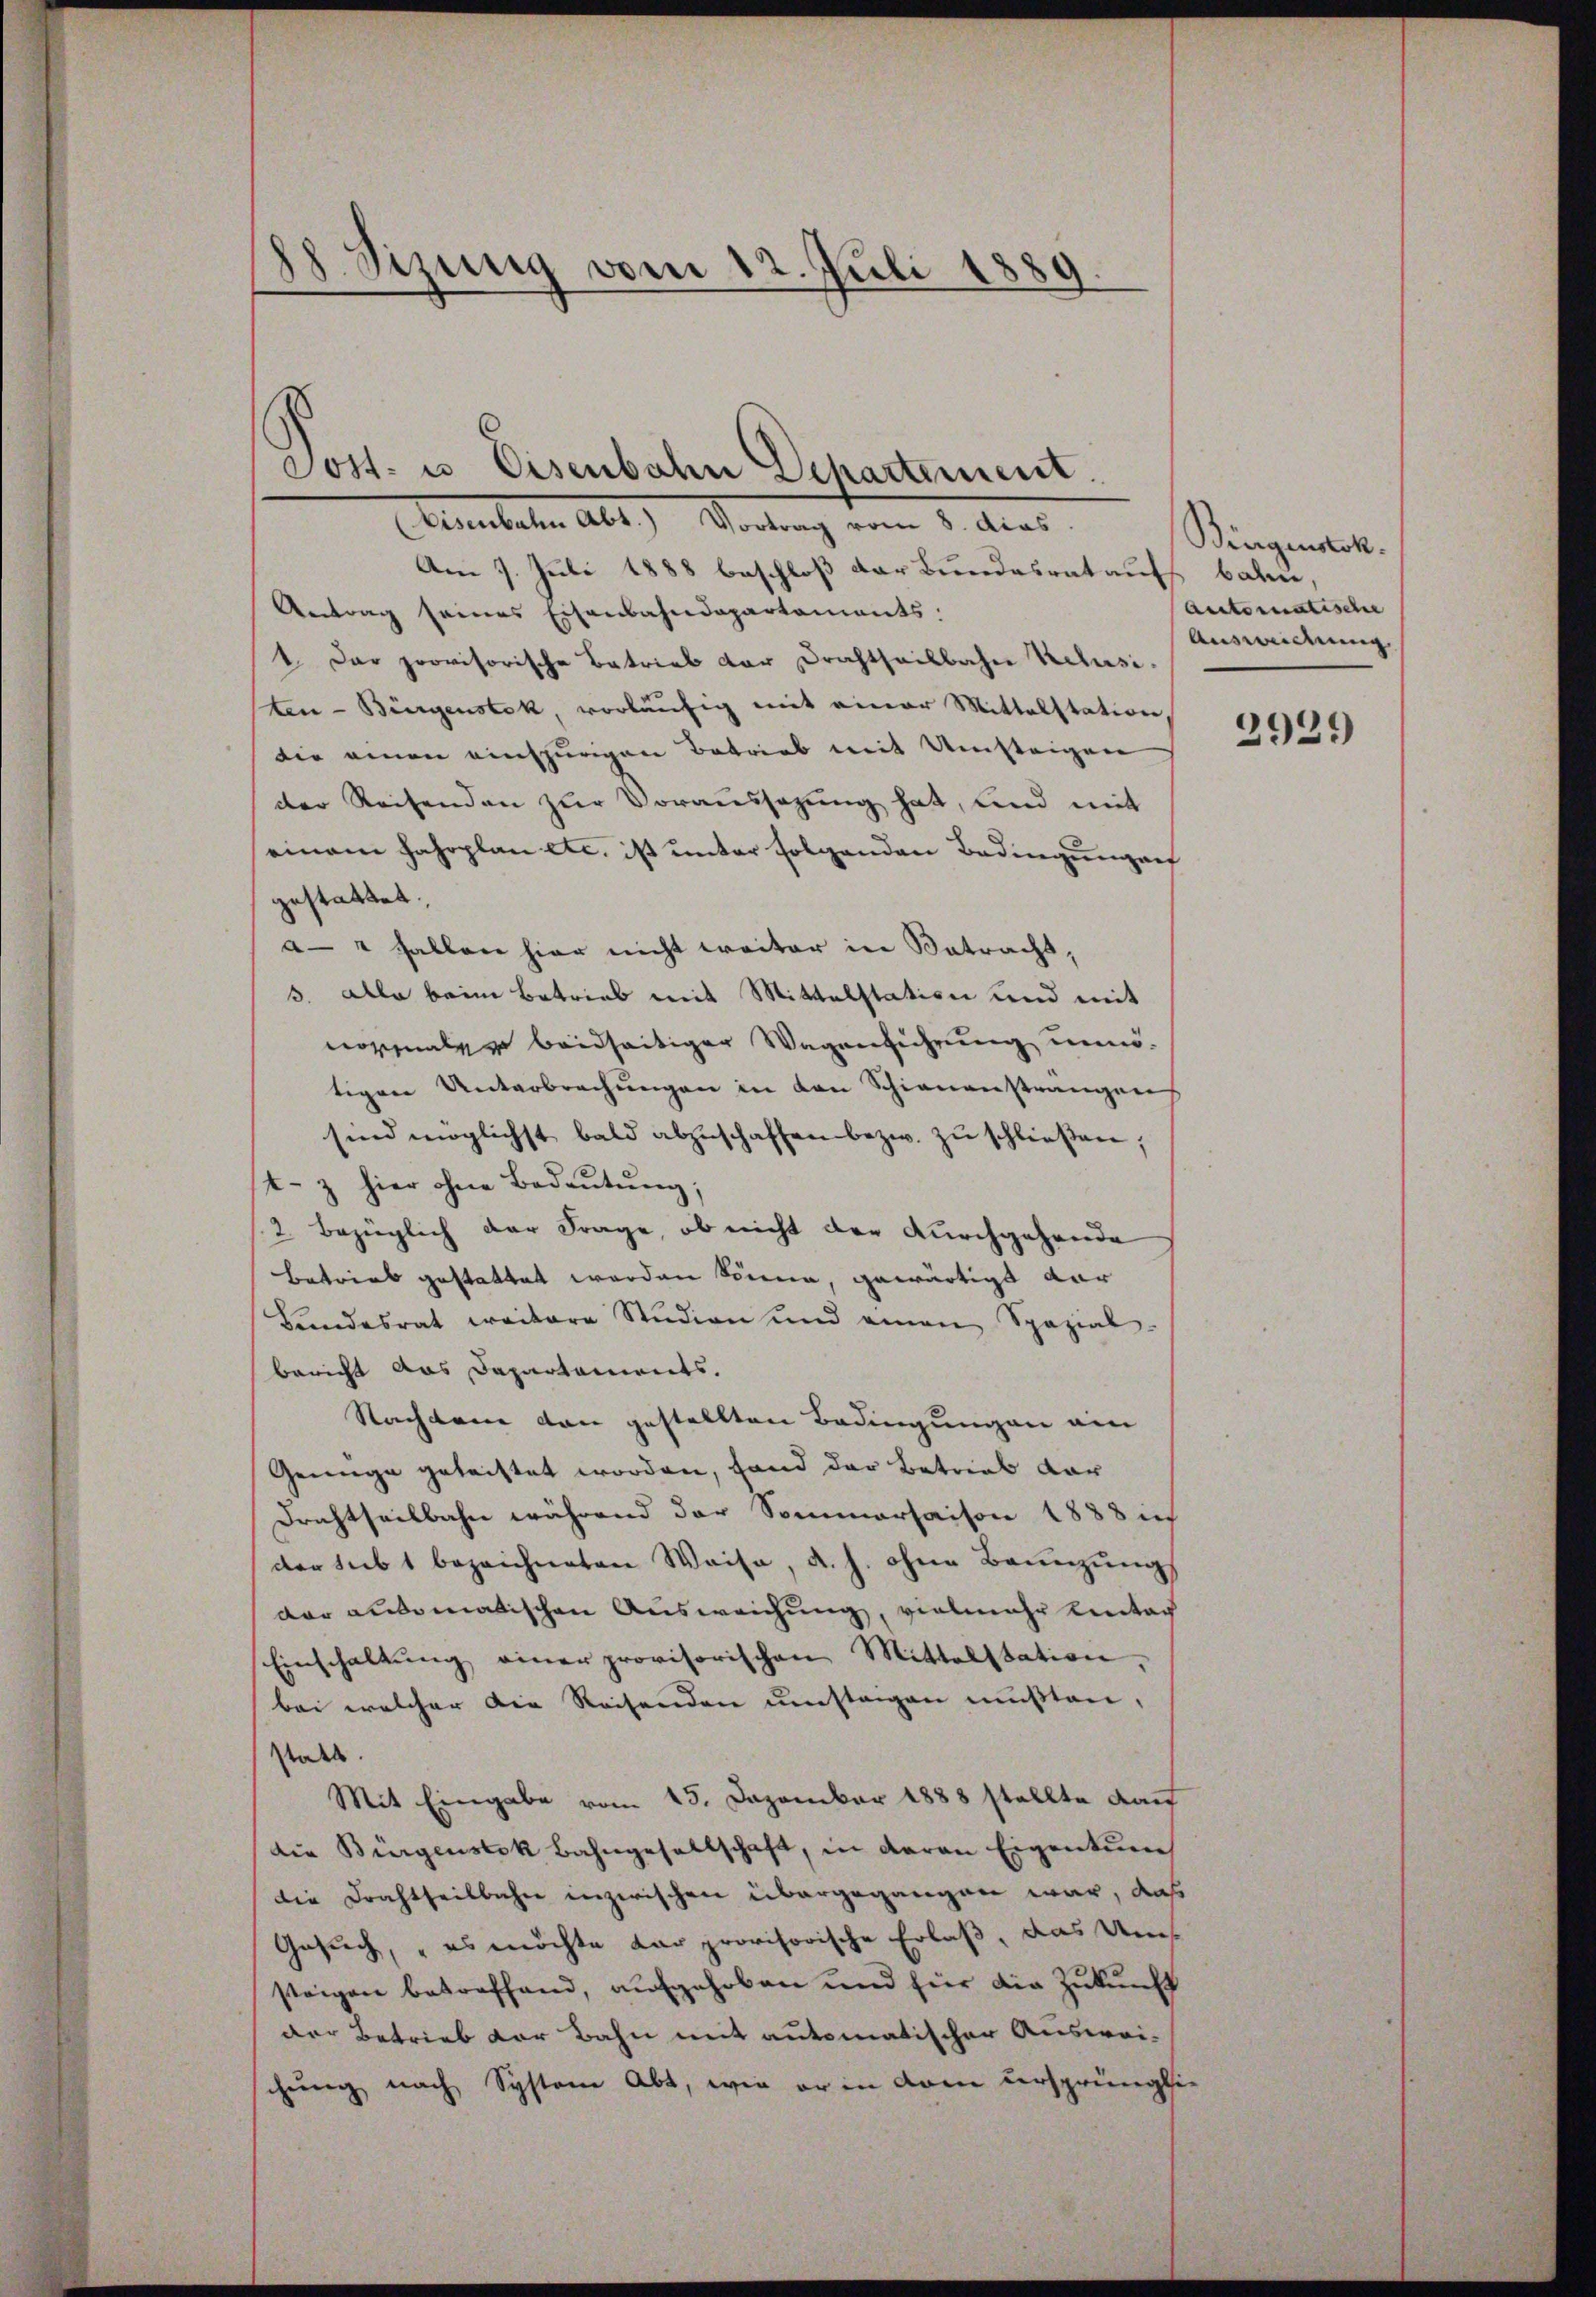
88. Sizung vom 12. Juli 1889

Post- u. Eisenbahn Departement.

Eisenbahn Abt.) Vortrag vom 8. dies
Am 7. Juli 1888 beschloß der Bundesrataufs bahne,
Antrag seines Eisenbahndepartaments.
1. Der provisorische Betrieb der Drachtheilbahn Vclusi
ten-Bürgenstok, vorläufig mit einer Mittelstation,
die einen einspurigen Betrieb mit Umsteigen
der Reisenden zur Voraussezung hat, und mit
einem Jahrplan etc. ist unter folgenden Bedingungen
gestattet.
a" fallen hier nicht weiter in Betracht,
3. alle beim Betrieb mit Mittelstation und mit
nozinaler beidseitiger Wagenführung unnötigen Unterbrechungen in den Schienenstrangen
sind möglichst bald abzuschaffen bezw. zŭ schließen,
t- & hier ohne Bedeŭtŭng;
2. bezüglich der Frage, ob nicht der durchgehende
Betrieb gestattet werden könne, gewärtigt dar
Landesrat weitere Studien und einen Spazial-
bericht das Departaments.
Nachdem den gestellten Bedingungen ein
Genüge geleistet worden, fand der Betrieb dar
Drechtseilbahn während der Sommersaison 1888 in
der sub 1 bezeichneten Weise, d. h. ohne Bannzungs
dar automatischen Ausweichung, vielmehr eintac
Einschaltŭng einer provisorischen Mittelstation,
bei welcher die Reisenden umstagen mußten,
statt.
Mit Eingabe vom 15. Dezember 1888 stellte dan
die Bürgenstok Bahngesellschaft, in daran Eigentum
die Drahtheilbahn inzwischen übergegangen war, daß
Gesuch, es möchte dar provisorische Erlaß, das Ums
steigen betreffend, aufgehoben und für die Zukunft
der Betrieb der Bahn mit automatischer Auswei-
chung nach System Abt, wie er in dem ursprüngli¬

Bingenstok.
Automatische
Ausweidung.

2921